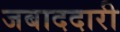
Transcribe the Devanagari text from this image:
जबाददारी